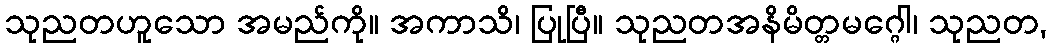
သုညတဟူသော အမည်ကို။ အကာသိ၊ ပြုပြီ။ သုညတအနိမိတ္တမဂ္ဂေါ၊ သုညတ,